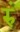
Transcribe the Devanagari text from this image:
रुं